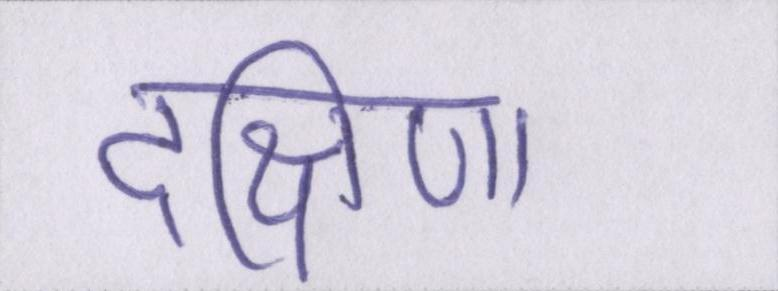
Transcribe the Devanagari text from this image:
दक्षिणा